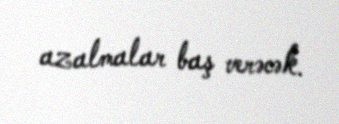
azalmalar baş verəcək.